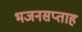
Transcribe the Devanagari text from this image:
भजनसप्ताह